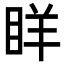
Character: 眻